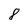
Character: 8